Vaccination in Burma 1912-1922 - 1912-1922
Year: 1912
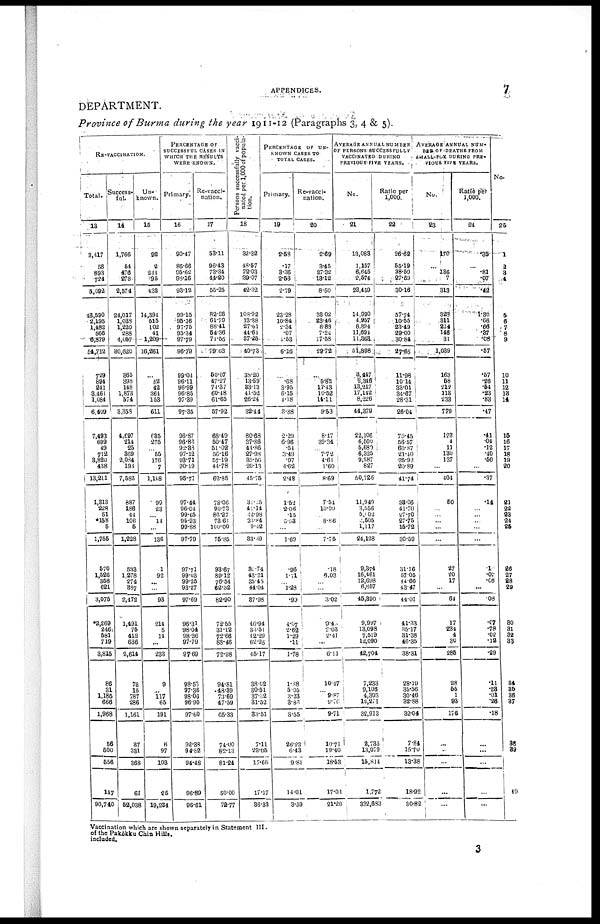
APPENDICES.
7
DEPARTMENT.
Province of Burma during the year 1911-12 (Paragraphs 3, 4 & 5).
RE-VACCINATION.
Total.
13
3,417
58
893
724
5,092
43,590
2,195
1,482
566
6,879
54,712
729
894
241
3,461
1,084
6,409
7,493
699
49
712
3,820
438
13,211
1,313
228
61
*158
5
1,755
570
1,526
358
621
3,075
*2,269
246
581
719
3,816
86
31
1,186
666
1,968
56
500
556
147
90,740
Success-
ful.
14
1,766
54
476
278
2,574
24,017
1,033
1,220
288
4,057
30,620
365
398
148
1,873
574
3,358
4,697
214
25
369
2,084
193
7,582
887
186
44
106
6
1,228
533
1,278
274
387
2,472
1,491
75
412
636
2,614
73
16
787
286
1,161
37
331
368
61
52,038
Un-
known.
15
92
2
244
95
433
14,394
515
102
41
1,209
16,261
...
62
42
364
153
611
635
275
... 65
176
7
1,148
99
23
... 14
...
136
1
92
...
...
93
214
6
14
...
233
9
... 117
65
191
8
97
103
26
19,234
PERCENTAGE OF
SUCCESSFUL CASES IN
WHICH THE RESULTS
WERE KNOWN.
Primary.
16
90.47
86.66
95.62
98.16
93.12
99.15
95.16
97.75
95.34
97.79
96.79
99.04
96.11
96.99
96.85
97.39
97.35
96.87
96.86
92.38
97.12
93.71
90.19
95.71
97.44
96.04
99.65
95.93
99.88
97.79
97.71
99.03
99.25
93.27
97.69
96.31
98.04
98.36
97.79
97.69
98.53
97.36
98.06
96.90
97.60
92.38
94.82
94.48
96.89
96.61
Re-vacci-
nation.
17
53.11
96.43
73.34
44.20
55.25
82.26
61.79
88.41
54.36
71.55
79.63
50.07
47.27
74.37
60.48
61.65
57.92
68.49
50.47
51.02
56.16
57.19
44.78
62.85
78.06
90.73
86.27
73.61
100.00
75.85
93.67
89.12
76.54
62.32
82.90
72.55
31.12
72.66
88.46
72.98
94.81
48.39
73.69
47.59
65.33
74.00
82.13
81.24
50.00
72.77
Persons successfully vacci-
nated per 1,000 of popula-
tion.
18
32.32
48.57
72.03
39.07
42.32
108.92
13.38
27.61
44.61
37.25
40.73
38.20
13.59
33.13
41.52
26.24
32.44
80.68
37.86
44.86
27.98
35.56
20.13
45.75
31.25
41.14
12.98
33.84
9.42
33.39
3.74
43.21
35.45
44.04
37.98
46.94
30.51
12.29
62.25
45.17
38.02
30.51
37.72
31.52
30.51
7.11
23.05
17.66
17.17
36.33
PERCENTAGE OF UN-
KNOWN CASES TO
TOTAL CASES.
Primary.
19
2.58
.17
3.36
2.53
2.79
23.28
10.84
2.34
.07
1.53
6.16
...
.68
3.95
6.15
4.18
3.88
2.29
6.96
54
3.49
.97
4.62
2.48
1.52
2.06
15
...
...
1.69
.96
1.71
... 1.28
.99
4.07
2.62
1.29
.11
1.78
1.88
5.05
3.23
3.86
3.55
26.23
6.43
9.81
14.01
3.59
Re-vacci-
nation.
20
2.69
3.45
27.32
13.12
8.50
33.02
23.46
6.88
7.24
17.58
29.72
...
5.82
17.43
10.52
14.11
9.53
8.47
39.34
...
7.72
4.61
1.60
8.69
7.51
10.09
...
8.86
...
7.75
.18
6.03
...
...
3.02
9.40
2.03
2.41
...
6.11
10.47
...
9.87
9.70
9.71
10.71
19.40
18.53
17.01
21.20
AVERAGE ANNUAL NUMEBR
OF PERSONS SUCCESSFULLY
VACCINATED DURING
PREVIOUS FIVE YEARS.
No.
21
13,083
1,157
6,645
2,574
23,459
14,990
4,957
8,394
11,694
11,363
51,398
3,447
2,346
13,217
17,142
8,226
44,379
22,106
6,500
5,680
6,325
9,287
827
50,726
11,949
3,556
5,102
2,505
1,117
24,128
9,374
16,461
12,698
6,857
45,390
9,997
13,098
7,519
12,090
42,704
7,233
9,106
4,303
12,271
32,913
2,735
13,079
15,814
1,772
332,633
Ratio per
1,000
22
26.62
55.19
38.59
27.59
30.16
57.74
10.55
23.49
29.00
30.84
27.65
11.98
10.14
33.01
34.67
28.31
26.04
70.45
56.57
60.87
21.40
25.92
20.89
41.74
33.06
41.70
27.70
27.75
15.72
30.59
31.16
57.05
44.66
43.47
44.01
41.33
35.17
31.38
46.35
38.31
28.19
35.56
30.46
32.88
32.04
7.84
15.70
13.38
18.92
30.82
AVERAGE ANNUAL NUM-
BER OF DEATHS FROM
SMALL-POX DURING PRE-
VIOUS FIVE YEARS.
No.
23
170
...
136
7
318
328
311
224
146
31
1,039
163
58
212
118
233
779
123
4
11
130
137
...
404
60
...
...
...
...
...
27
20
17
...
64
17
234
4
30
285
28
55
1
93
176
...
...
...
...
...
Ratio per
1,000.
24
.35
...
.81
.07
.42
1.30
.66
.66
.37
.08
.57
.57
.26
.54
.23
.83
.47
.41
.04
.12
.40
.50
...
.37
.14
...
...
...
...
...
10
.07
.06
...
08
.07
.78
.02
.12
.29
.11
.23
.01
.26
.18
...
...
...
...
...
No.
25
1
2
3
4
5
6
7
8
9
10
11
12
13
14
15
16
17
18
19
20
21
22
23
24
25
26
27
28
29
30
31
32
33
34
35
36
37
38
39
40
Vaccination which are shown separately in Statement III.
of the Pakôkku Chin Hills.
included.
3